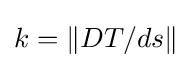
k=\|DT/ds\|